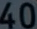
40